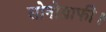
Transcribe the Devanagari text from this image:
सोनोग्राफी।